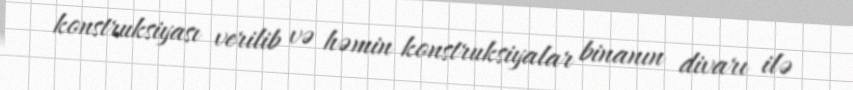
konstruksiyası verilib və həmin konstruksiyalar binanın divarı ilə